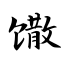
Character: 馓